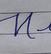
Signature authenticity: forged